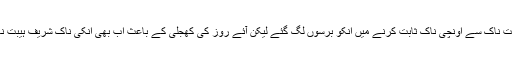
لیکن لوٹنے کے بعد بھی اپنی کھجلی زدہ ناک کو ہیبت ناک سے اونچی ناک ثابت کرنے میں انکو برسوں لگ گئے لیکن آئے روز کی کھجلی کے باعث اب بھی انکی ناک شریف ہیبت ناک تو نہیں لیکن افسوسناک ضرور دکھائی دیتی ہے۔